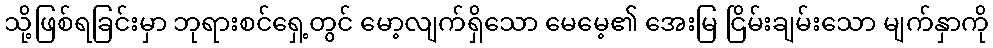
သို့ဖြစ်ရခြင်းမှာ ဘုရားစင်ရှေ့တွင် မော့လျက်ရှိသော မေမေ့၏ အေးမြ ငြိမ်းချမ်းသော မျက်နှာကို